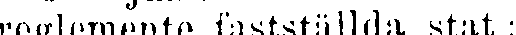
reglemente fastställda stat;